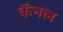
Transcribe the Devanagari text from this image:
कॅनल